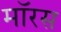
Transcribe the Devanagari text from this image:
मॉरस